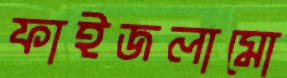
ফাইজলামো